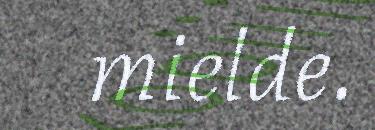
mielde.